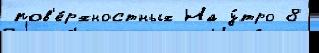
пов'е́рхностных На у́тро 8